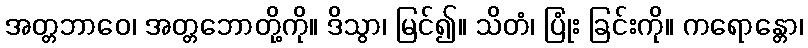
အတ္တဘာဝေ၊ အတ္တဘောတို့ကို။ ဒိသွာ၊ မြင်၍။ သိတံ၊ ပြုံး ခြင်းကို။ ကရောန္တော၊